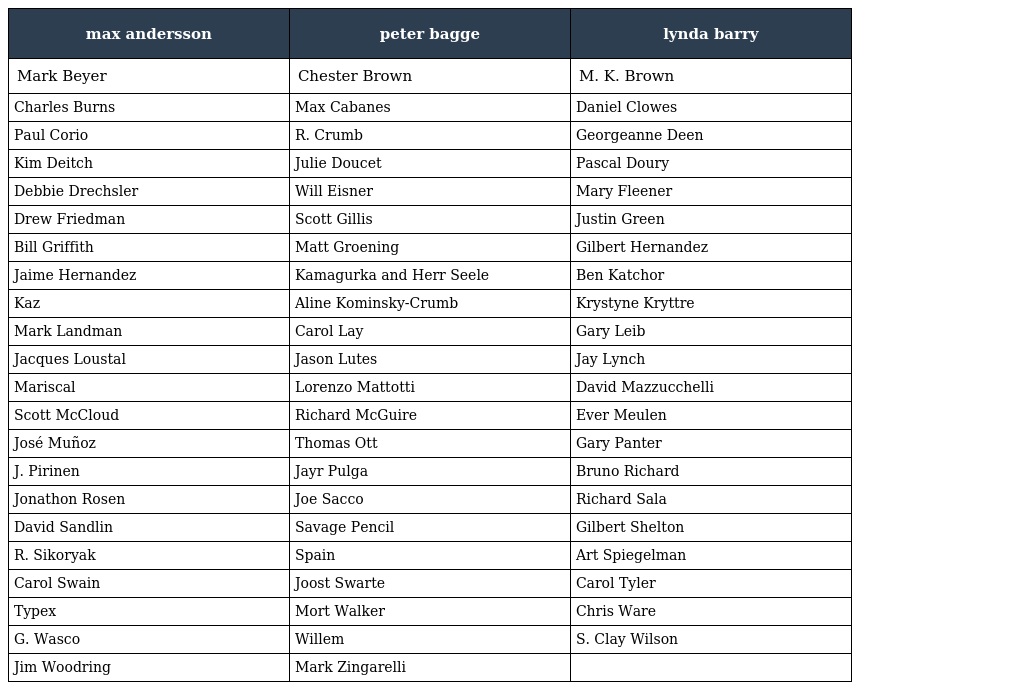
| max andersson | peter bagge | lynda barry |
 | --- | --- | --- |
 | Mark Beyer | Chester Brown | M. K. Brown |
 | Charles Burns | Max Cabanes | Daniel Clowes |
 | Paul Corio | R. Crumb | Georgeanne Deen |
 | Kim Deitch | Julie Doucet | Pascal Doury |
 | Debbie Drechsler | Will Eisner | Mary Fleener |
 | Drew Friedman | Scott Gillis | Justin Green |
 | Bill Griffith | Matt Groening | Gilbert Hernandez |
 | Jaime Hernandez | Kamagurka and Herr Seele | Ben Katchor |
 | Kaz | Aline Kominsky-Crumb | Krystyne Kryttre |
 | Mark Landman | Carol Lay | Gary Leib |
 | Jacques Loustal | Jason Lutes | Jay Lynch |
 | Mariscal | Lorenzo Mattotti | David Mazzucchelli |
 | Scott McCloud | Richard McGuire | Ever Meulen |
 | José Muñoz | Thomas Ott | Gary Panter |
 | J. Pirinen | Jayr Pulga | Bruno Richard |
 | Jonathon Rosen | Joe Sacco | Richard Sala |
 | David Sandlin | Savage Pencil | Gilbert Shelton |
 | R. Sikoryak | Spain | Art Spiegelman |
 | Carol Swain | Joost Swarte | Carol Tyler |
 | Typex | Mort Walker | Chris Ware |
 | G. Wasco | Willem | S. Clay Wilson |
 | Jim Woodring | Mark Zingarelli |  |